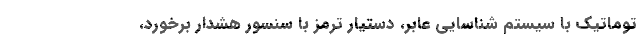
توماتیک با سیستم شناسایی عابر، دستیار ترمز با سنسور هشدار برخورد،